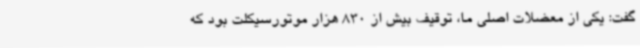
گفت: یکی از معضلات اصلی ما، توقیف بیش از 830 هزار موتورسیکلت بود که